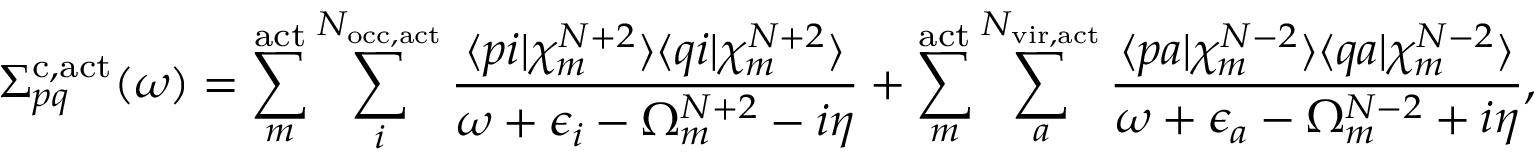
\Sigma _ { p q } ^ { \mathrm { c , a c t } } ( \omega ) = \sum _ { m } ^ { \mathrm { a c t } } \sum _ { i } ^ { N _ { \mathrm { o c c , a c t } } } \frac { \langle p i | \chi _ { m } ^ { N + 2 } \rangle \langle q i | \chi _ { m } ^ { N + 2 } \rangle } { \omega + \epsilon _ { i } - \Omega _ { m } ^ { N + 2 } - i \eta } + \sum _ { m } ^ { \mathrm { a c t } } \sum _ { a } ^ { N _ { \mathrm { v i r , a c t } } } \frac { \langle p a | \chi _ { m } ^ { N - 2 } \rangle \langle q a | \chi _ { m } ^ { N - 2 } \rangle } { \omega + \epsilon _ { a } - \Omega _ { m } ^ { N - 2 } + i \eta } ,